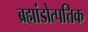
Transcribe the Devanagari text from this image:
ब्रह्मांडोत्पत्तिक